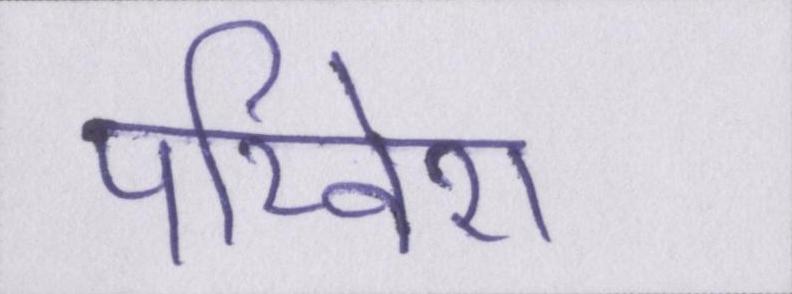
परिवेश